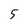
Character: 5